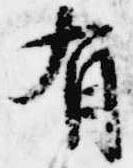
有